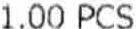
1.00 PCS